Report on sanitation, dispensaries, and jails in Rajputana for 1913, and on vaccination for the year 1913-1914 - 1913-1914
Year: 1913
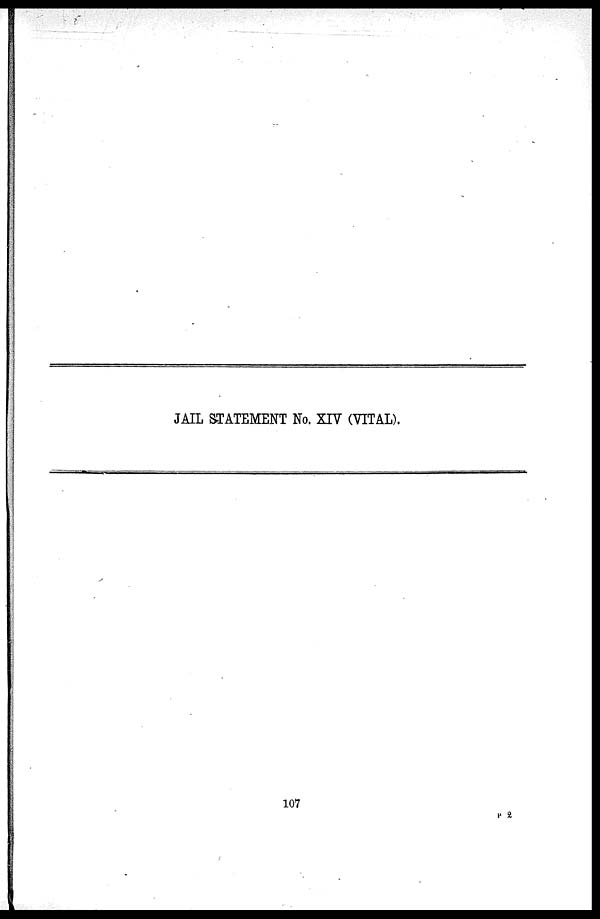
JAIL STATEMENT No. XIV (VITAL).
107
P 2